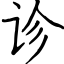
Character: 诊